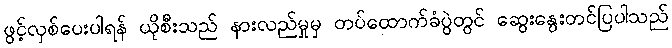
ဖွင့်လှစ်ပေးပါရန် ယိုစီးသည် နားလည်မှုမှ တပ်ထောက်ခံပွဲတွင် ဆွေးနွေးတင်ပြပါသည်